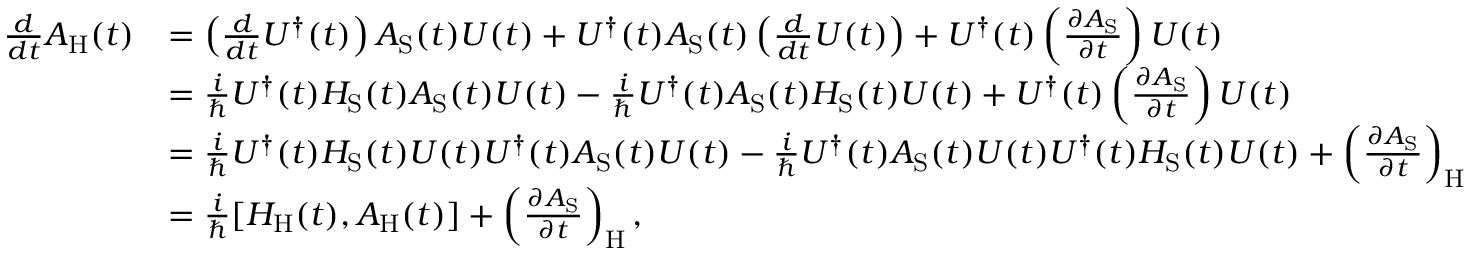
{ \begin{array} { r l } { { \frac { d } { d t } } A _ { \mathrm { { H } } } ( t ) } & { = \left( { \frac { d } { d t } } U ^ { \dagger } ( t ) \right) A _ { \mathrm { { S } } } ( t ) U ( t ) + U ^ { \dagger } ( t ) A _ { \mathrm { { S } } } ( t ) \left( { \frac { d } { d t } } U ( t ) \right) + U ^ { \dagger } ( t ) \left( { \frac { \partial A _ { \mathrm { { S } } } } { \partial t } } \right) U ( t ) } \\ & { = { \frac { i } { \hbar } } U ^ { \dagger } ( t ) H _ { \mathrm { { S } } } ( t ) A _ { \mathrm { { S } } } ( t ) U ( t ) - { \frac { i } { \hbar } } U ^ { \dagger } ( t ) A _ { \mathrm { { S } } } ( t ) H _ { \mathrm { { S } } } ( t ) U ( t ) + U ^ { \dagger } ( t ) \left( { \frac { \partial A _ { \mathrm { { S } } } } { \partial t } } \right) U ( t ) } \\ & { = { \frac { i } { \hbar } } U ^ { \dagger } ( t ) H _ { \mathrm { { S } } } ( t ) U ( t ) U ^ { \dagger } ( t ) A _ { \mathrm { { S } } } ( t ) U ( t ) - { \frac { i } { \hbar } } U ^ { \dagger } ( t ) A _ { \mathrm { { S } } } ( t ) U ( t ) U ^ { \dagger } ( t ) H _ { \mathrm { { S } } } ( t ) U ( t ) + \left( { \frac { \partial A _ { \mathrm { { S } } } } { \partial t } } \right) _ { \mathrm { { H } } } } \\ & { = { \frac { i } { \hbar } } [ H _ { \mathrm { { H } } } ( t ) , A _ { \mathrm { { H } } } ( t ) ] + \left( { \frac { \partial A _ { \mathrm { { S } } } } { \partial t } } \right) _ { \mathrm { { H } } } , } \end{array} }